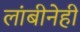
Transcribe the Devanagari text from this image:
लांबीनेही